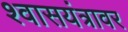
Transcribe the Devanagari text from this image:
श्वासयंत्रावर